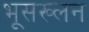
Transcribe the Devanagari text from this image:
भूसख्लन